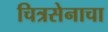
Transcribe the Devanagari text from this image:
चित्रसेनाचा